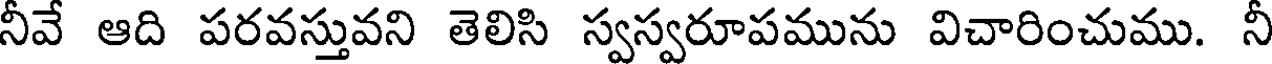
నీవే ఆది పరవస్తువని తెలిసి స్వస్వరూపమును విచారించుము. నీ